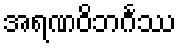
အရဏဝိဘင်္ဂဿ